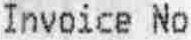
INVOICE NO